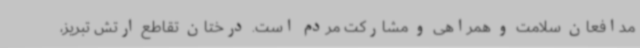
مدافعان سلامت و همراهی و مشارکت مردم است. درختان تقاطع ارتش تبریز،